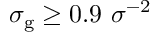
\sigma _ { \mathrm { g } } \geq 0 . 9 ~ \sigma ^ { - 2 }